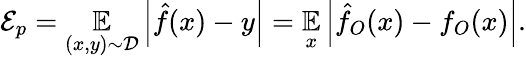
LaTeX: \begin{array}{r}{{\cal{E}}_{p}=\underset{(x,y)\sim{\cal{D}}}{\mathbb{E}}\left|\hat{f}(x)-y\right|=\underset{x}{\mathbb{E}}\left|\hat{f}_{O}(x)-f_{O}(x)\right|.}\end{array}